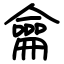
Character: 龠